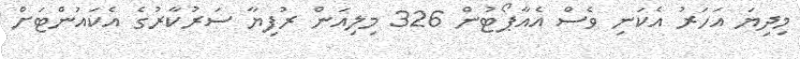
މިދިޔަ އަހަރު އެކަނި ވެސް އެއާޕޯޓުން 326 މިލިއަން ރުފިޔާ ސަރުކާރުގެ އެކައުންޓަށް